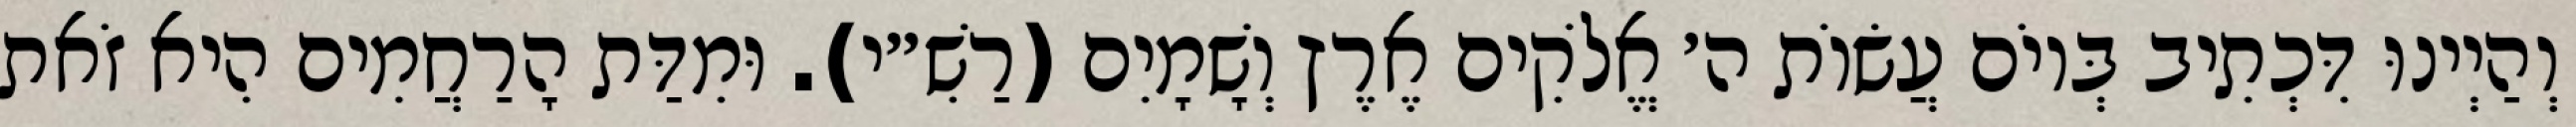
וְהַיְינוּ דִּכְתִיב בְּיוֹם עֲשׂוֹת ה׳ אֱלֹקִים אֶרֶץ וְשָׁמָיִם (רַשִׁ״י). וּמִדַּת הָרַחֲמִים הִיא זֹאת